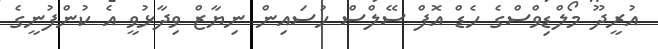
އުރީދޫ މޯލްޑިވްސްގެ ހެޑް އޮފް ސޭލްސް ހުސައިން ނިޔާޒް ވިދާޅުވީ އެ ކުންފުނީގެ